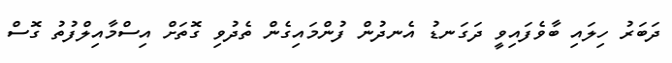
ދަބަރު ހިލައި ބާވެފައިވީ ދަގަނޑު އެނދުން ފުންމައިގެން ތެދުވި ގޮތަށް އިސްމާއިލްފުތު ގޮސް